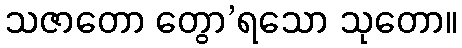
သဇာတော တွော’ရသော သုတော။